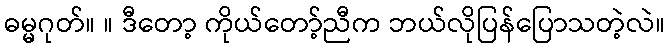
ဓမ္မဂုတ်။ ။ ဒီတော့ ကိုယ်တော့်ညီက ဘယ်လိုပြန်ပြောသတဲ့လဲ။